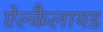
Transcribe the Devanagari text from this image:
ऐल्कैलायड